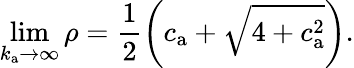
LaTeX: \operatorname*{lim}_{k_{\mathrm{a}}\to\infty}{\rho}=\frac{1}{2}\left(c_{\mathrm{a}}+\sqrt{4+c_{\mathrm{a}}^{2}}\right).